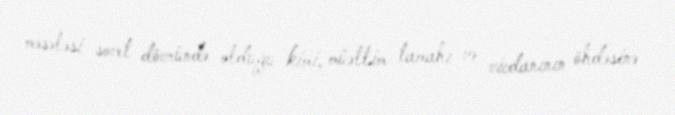
məsələsi sovet dövründə olduğu kimi, müəllim tamahı və vicdanının öhdəsinə